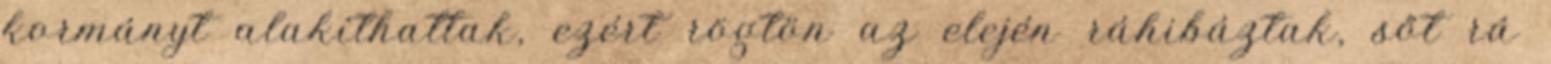
kormányt alakíthattak, ezért rög­tön az elején ráhibáztak, sőt rá